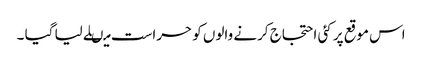
اس موقع پر کئی احتجاج کرنے والوں کو حراست میںلے لیا گیا ۔